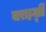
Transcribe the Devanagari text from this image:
वाराहमूर्ति